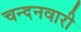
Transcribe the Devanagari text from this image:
चन्दनवारी